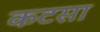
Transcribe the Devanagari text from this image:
कटसा